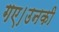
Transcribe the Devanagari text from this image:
गए।उनकी